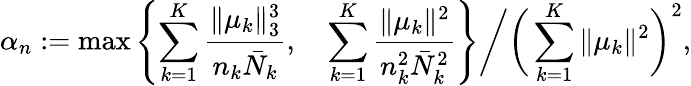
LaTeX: \alpha_{n}:=\operatorname*{max}\left\{ \sum_{k=1}^{K}\frac{\| \mu_{k}\| _{3}^{3}}{n_{k}\bar{N}_{k}},\quad\sum_{k=1}^{K}\frac{\| \mu_{k}\| ^{2}}{n_{k}^{2}\bar{N}_{k}^{2}}\right\} \bigg/\bigg(\sum_{k=1}^{K}\| \mu_{k}\| ^{2}\bigg)^{2},